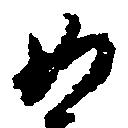
如